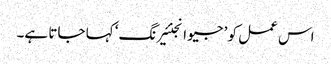
اس عمل کو ’ جیو انجنئیرنگ‘ کہا جاتا ہے۔